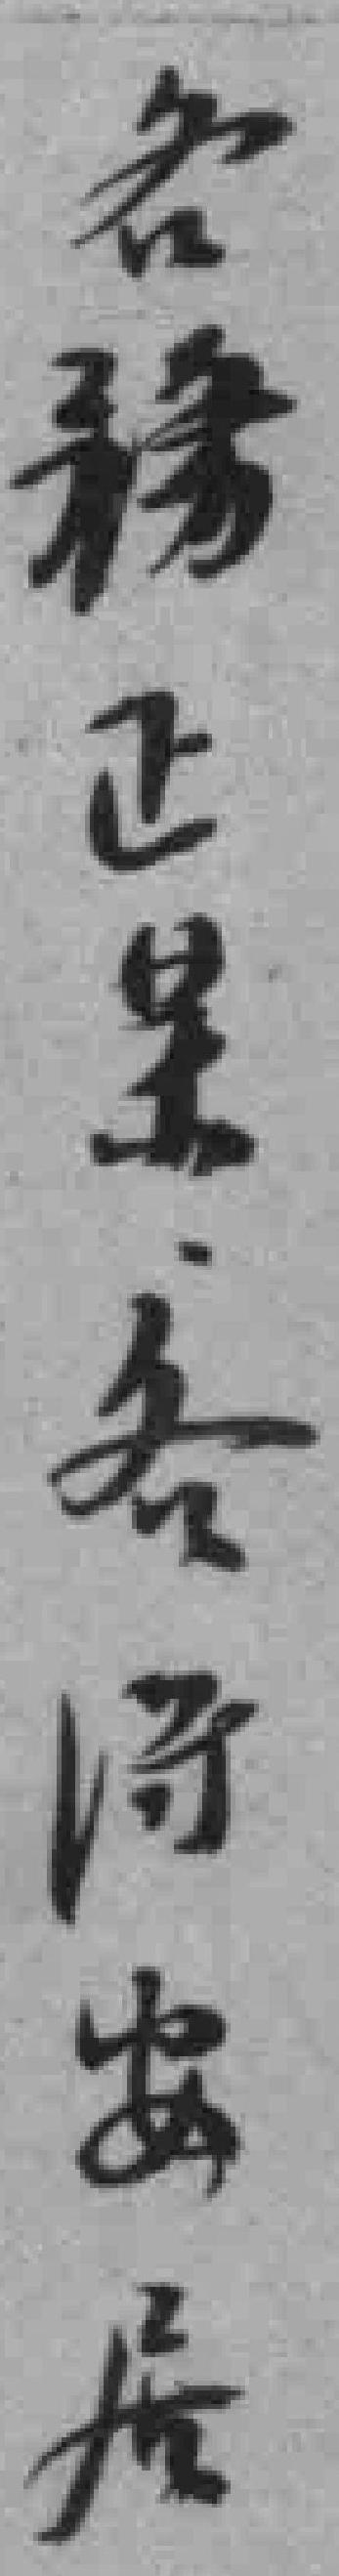
各務正業各得安居